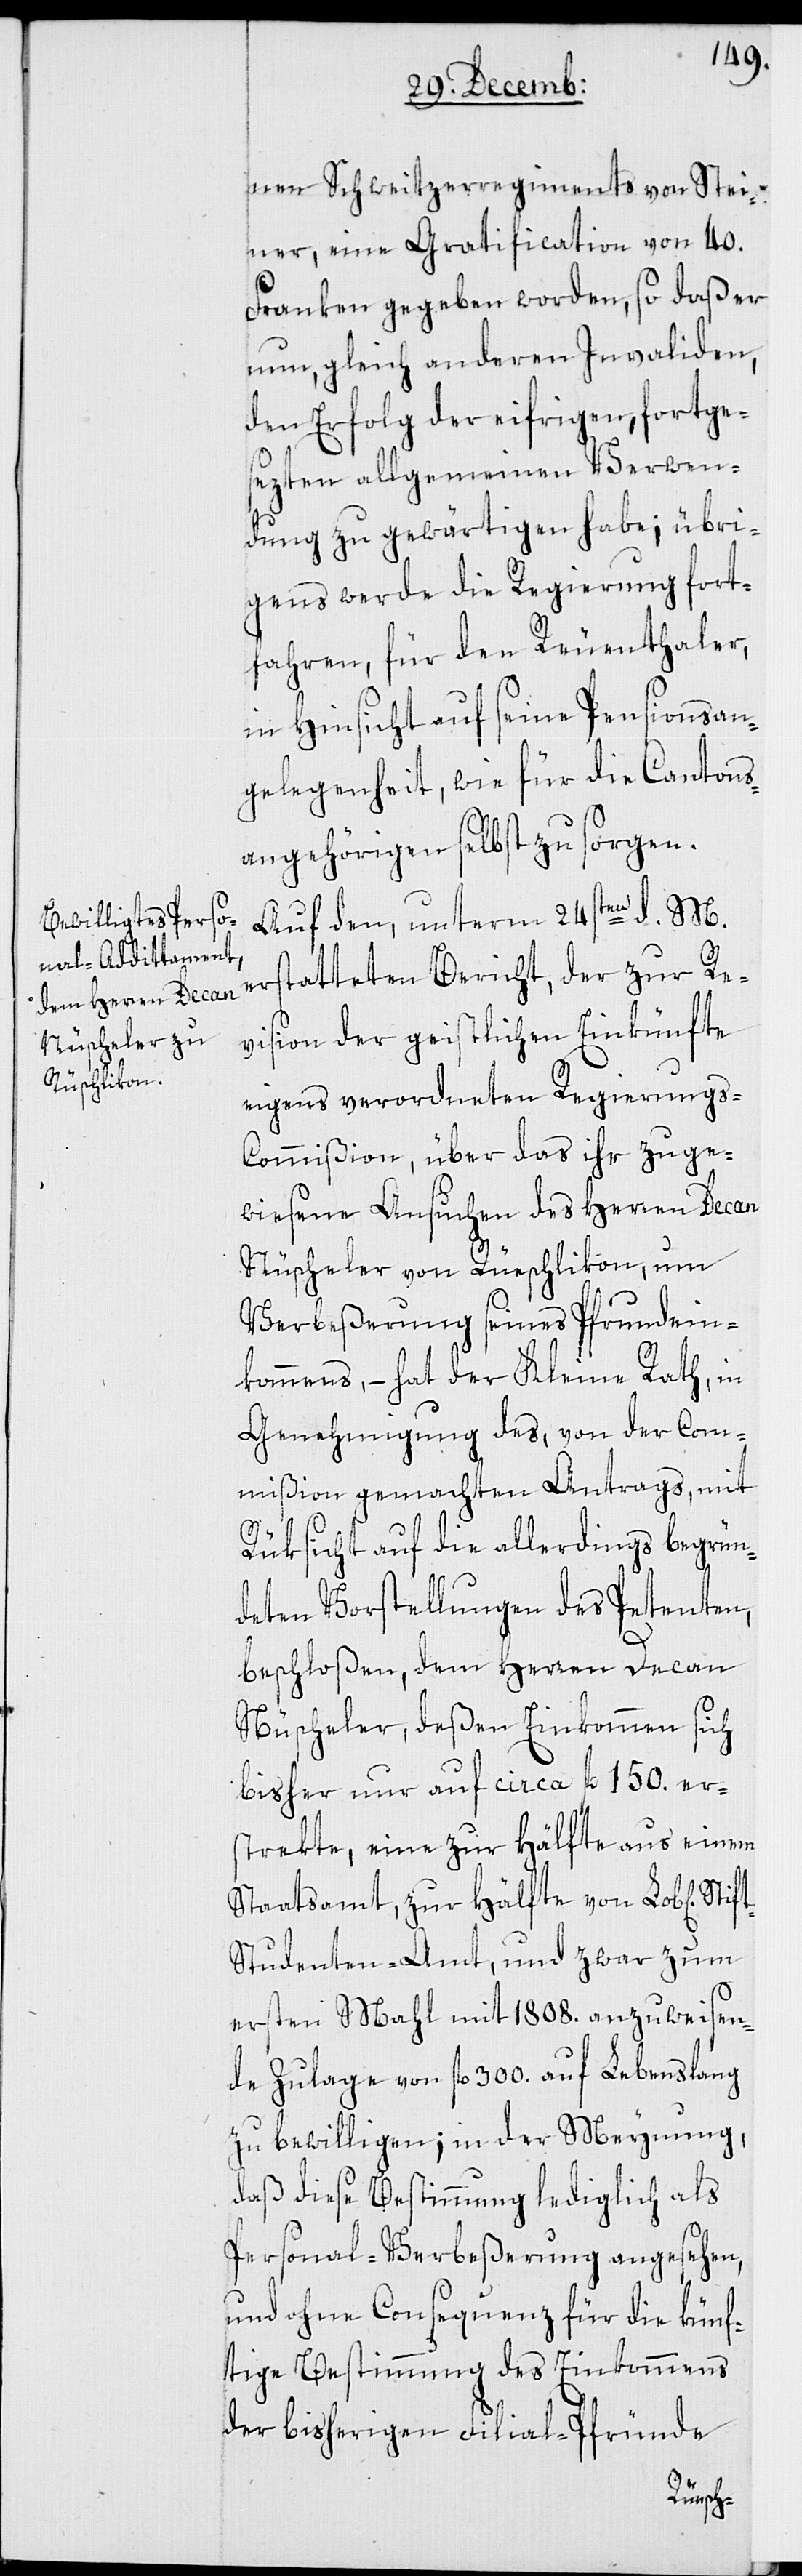
nen Schweitzerregiments von Stei¬
ner, eine Gratification von 40.
Franken gegeben worden, so daß er
nun, gleich anderen Invaliden,
den Erfolg der eifrigen, fortge¬
sezten allgemeinen Verwen¬
dung zu gewärtigen habe; übri¬
gens werde die Regierung fort¬
fahren, für den Reuenthaler,
in Hinsicht auf seine Pensionsan¬
gelegenheit, wie für die Cantons¬
angehörigen selbst zu sorgen.
Auf den, unterm 24sten d. M.
erstatteten Bericht, der zur Re¬
vision der geistlichen Einkünfte
eigens verordneten Regierungs-C¬
ommißion, über das ihr zuge¬
wiesene Ansuchen des Herren Decan
Nüscheler von Rüschlikon, um
Verbeßerung seines Pfrundein¬
kommens, – hat der Kleine Rath, in
Genehmigung des, von der Com¬
mißion gemachten Antrags, mit
Stif¬
Rüksicht auf die allerdings begrün¬
deten Vorstellungen des Petenten,
beschloßen, dem Herren Decan
Nüscheler, deßen Einkommen sich
bisher nur auf circa fl. 150 er¬
strekte, eine zur Hälfte aus einem
Staatsamt, zur Hälfte von Lob[lichem]
t-Studenten-Amt, und zwar zum
ersten Mahl mit 1808. anzuweisen¬
de Zulage von fl. 300 auf Lebenslang
zu bewilligen; in der Meynung,
daß diese Bestimmung lediglich als
Personal-Verbeßerung angesehen,
und ohne Consequenz für die künf¬
tige Bestimmung des Einkommens
der bisherigen Filial-Pfründe